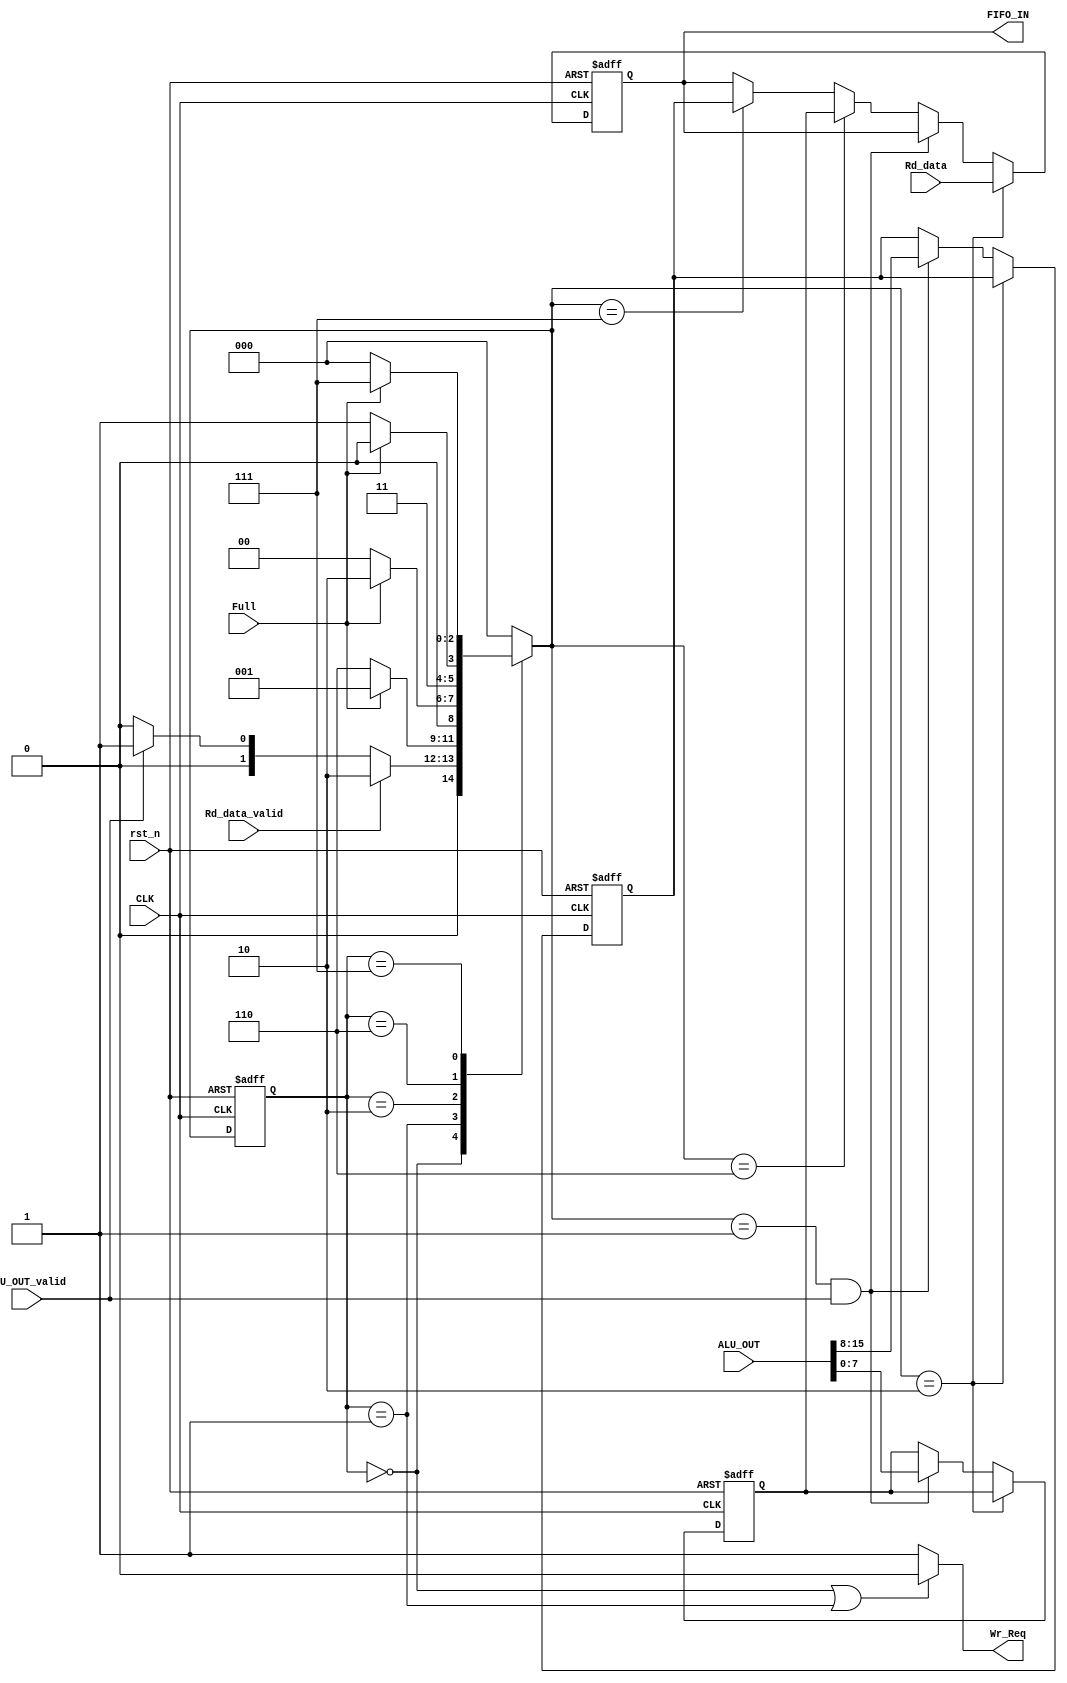
module SYS_CTRL_TX 
#(
	parameter RD_DATA_WIDTH = 8,
	parameter ALU_OUT_WIDTH = 16
)
(
	input  wire						CLK,
	input  wire 					rst_n,
	input  wire                     Full,
	input  wire [RD_DATA_WIDTH-1:0] Rd_data,
	input  wire 					Rd_data_valid,
	input  wire [ALU_OUT_WIDTH-1:0] ALU_OUT,
	input  wire 				    ALU_OUT_valid,
	output reg [RD_DATA_WIDTH-1:0]  FIFO_IN,
	output reg 						Wr_Req
);

// Gray Coding
localparam IDLE 	  	      = 3'b000;
localparam GET_ALU_DATA       = 3'b001;
localparam SEND_TX_RD_DATA    = 3'b010;
localparam SEND_TX_ALU_FIRST  = 3'b110;
localparam SEND_TX_ALU_SECOND = 3'b111;

// FSM STATES
reg [2:0] CS;
reg [2:0] NS;

// Register to hold data from ALU_OUT
reg [ALU_OUT_WIDTH/2-1:0] upper_data;
reg [ALU_OUT_WIDTH/2-1:0] lower_data;

// State Memory
always @(posedge CLK,negedge rst_n) begin
	if (!rst_n) begin
		CS <= IDLE;
	end
	else begin
		CS <= NS;
	end
end

// next state logic
always @(*) begin
	case(CS)
		IDLE: begin
			if (Rd_data_valid) begin
				NS = SEND_TX_RD_DATA;
			end
			else if (ALU_OUT_valid) begin			
				NS = GET_ALU_DATA;
			end
			else begin
				NS = IDLE;
			end
		end
		GET_ALU_DATA: begin
			if (!Full) begin
				NS = SEND_TX_ALU_FIRST;
			end
			else begin
				NS = GET_ALU_DATA;
			end
		end
		SEND_TX_RD_DATA: begin
			if (Full) begin
				NS = SEND_TX_RD_DATA;
			end
			else begin
				NS = IDLE;
			end
		end
		SEND_TX_ALU_FIRST: begin
			if (!Full) begin
				NS = SEND_TX_ALU_SECOND;
			end
			else begin
				NS = SEND_TX_ALU_FIRST;
			end
		end
		SEND_TX_ALU_SECOND: begin
			if (!Full) begin
				NS = IDLE;
			end
			else begin
				NS = SEND_TX_ALU_SECOND;
			end
		end
		default: NS = IDLE;

	endcase
end

// FSM OUTPUT
always @(*) begin

	if (CS == IDLE || CS == GET_ALU_DATA) begin
		Wr_Req = 1'b0;
	end
	else begin
		Wr_Req = 1'b1;
	end

end

always @(posedge CLK,negedge rst_n) begin
	
	if (!rst_n) begin
		FIFO_IN <= 'b0;
		{upper_data,lower_data} <= 'b0;
	end
	else if (NS == SEND_TX_RD_DATA) begin
		FIFO_IN <= Rd_data;
	end
	else if (NS == GET_ALU_DATA && ALU_OUT_valid) begin
		{upper_data,lower_data} <= ALU_OUT;
	end
	else if (NS == SEND_TX_ALU_FIRST) begin
		FIFO_IN   <= lower_data[(ALU_OUT_WIDTH/2)-1:0];
	end
	else if (NS == SEND_TX_ALU_SECOND) begin	
		FIFO_IN   <= upper_data[(ALU_OUT_WIDTH/2)-1:0];
	end
end

endmodule